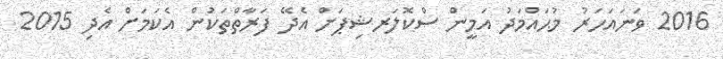
2016 ވަނައަހަރު މުޙައްމަދު އަމީން ސްކޮލަރޝިޕަށް އެދޭ ފަރާތްތަކުން އެކަމަށް އެދި 2015